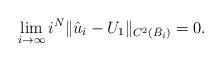
LaTeX: \begin{align*} \lim_{i \rightarrow \infty} i^{N} \|\hat u_i - U_1\|_{C^2(\bar B_i)} = 0. \end{align*}